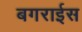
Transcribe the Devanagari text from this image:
बगराईस